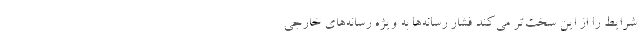
شرایط را از این سخت‌تر می‌کند فشار رسانه‌ها به ویژه رسانه‌های خارجی